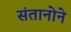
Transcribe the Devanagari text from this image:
संतानोने